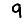
Digit: 9